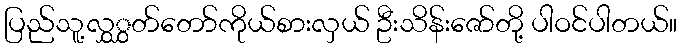
ပြည်သူ့လွှွှတ်တော်ကိုယ်စားလှယ် ဦးသိန်းဇော်တို့ ပါဝင်ပါတယ်။